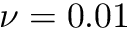
\nu = 0 . 0 1